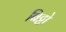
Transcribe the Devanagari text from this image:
बिट्टो